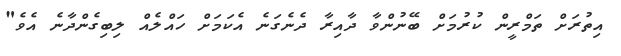
އިތުރަށް ތަމްރީން ކުރުމަށް ބޭނުންވާ ދާއިރާ ދެނެގަނެ އެކަމަށް ހައްލެއް ލިބިގެންދާނެ އެވެ"